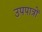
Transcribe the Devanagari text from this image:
उपपात्रों